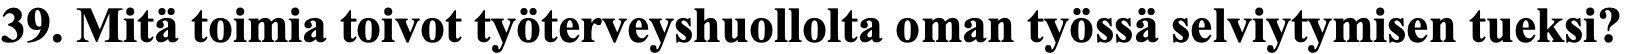
39. Mitä toimia toivot työterveyshuollolta oman työssä selviytymisen tueksi?